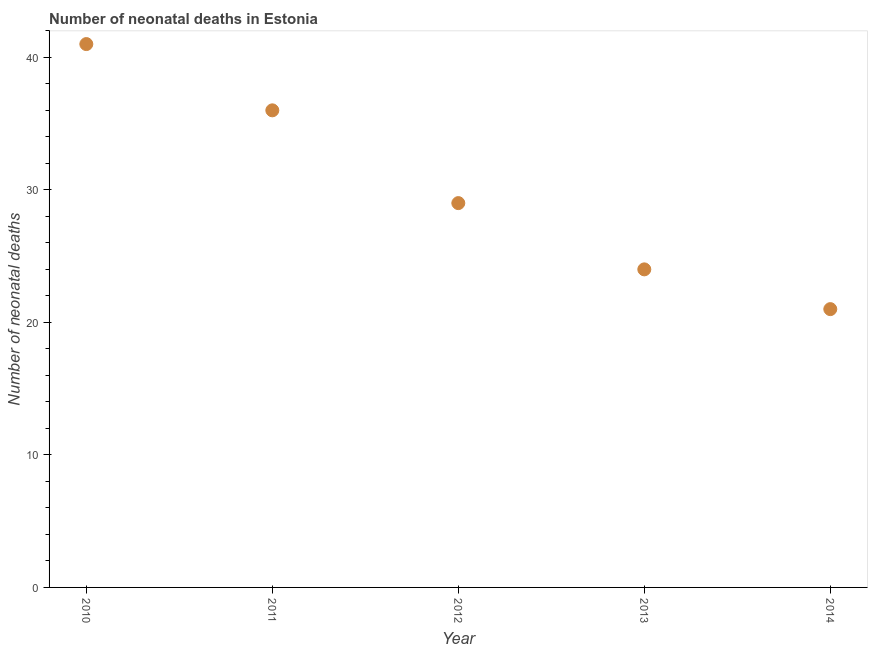
| Year | Neonatal deaths |
 | --- | --- |
 | 2010 | 41 |
 | 2011 | 36 |
 | 2012 | 29 |
 | 2013 | 24 |
 | 2014 | 21 |